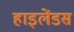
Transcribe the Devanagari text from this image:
हाइलेंडस